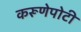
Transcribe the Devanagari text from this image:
करूणेपोटी